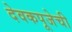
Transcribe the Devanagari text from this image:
देवकपूजेची